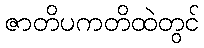
ဇာတိပကတိထဲတွင်